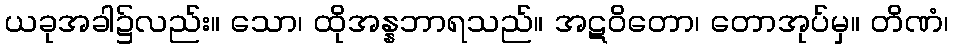
ယခုအခါ၌လည်း။ သော၊ ထိုအန္နဘာရသည်။ အဋဝိတော၊ တောအုပ်မှ။ တိဏံ၊